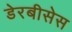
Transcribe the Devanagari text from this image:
डेरबीसेस